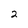
Character: 2